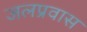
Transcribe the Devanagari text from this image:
जलप्रवास